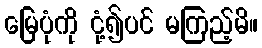
မြေပုံကို ငုံ့၍ပင် မကြည့်မိ။